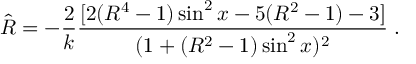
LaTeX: { \hat { R } } = - { \frac { 2 } { k } } { \frac { [ 2 ( R ^ { 4 } - 1 ) \sin ^ { 2 } x - 5 ( R ^ { 2 } - 1 ) - 3 ] } { ( 1 + ( R ^ { 2 } - 1 ) \sin ^ { 2 } x ) ^ { 2 } } } \; .